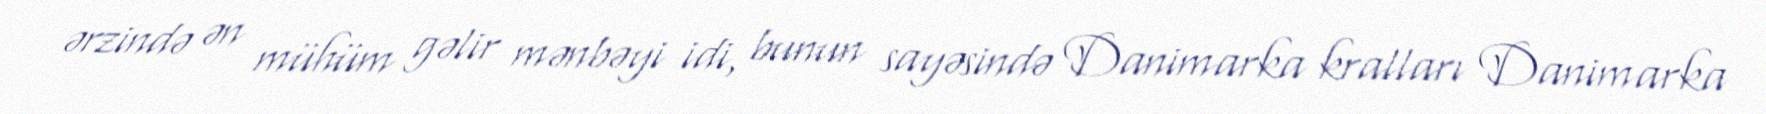
ərzində ən mühüm gəlir mənbəyi idi, bunun sayəsində Danimarka kralları Danimarka